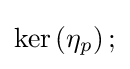
\ker \left(\eta _{p}\right);